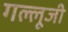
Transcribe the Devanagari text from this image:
गल्लूजी